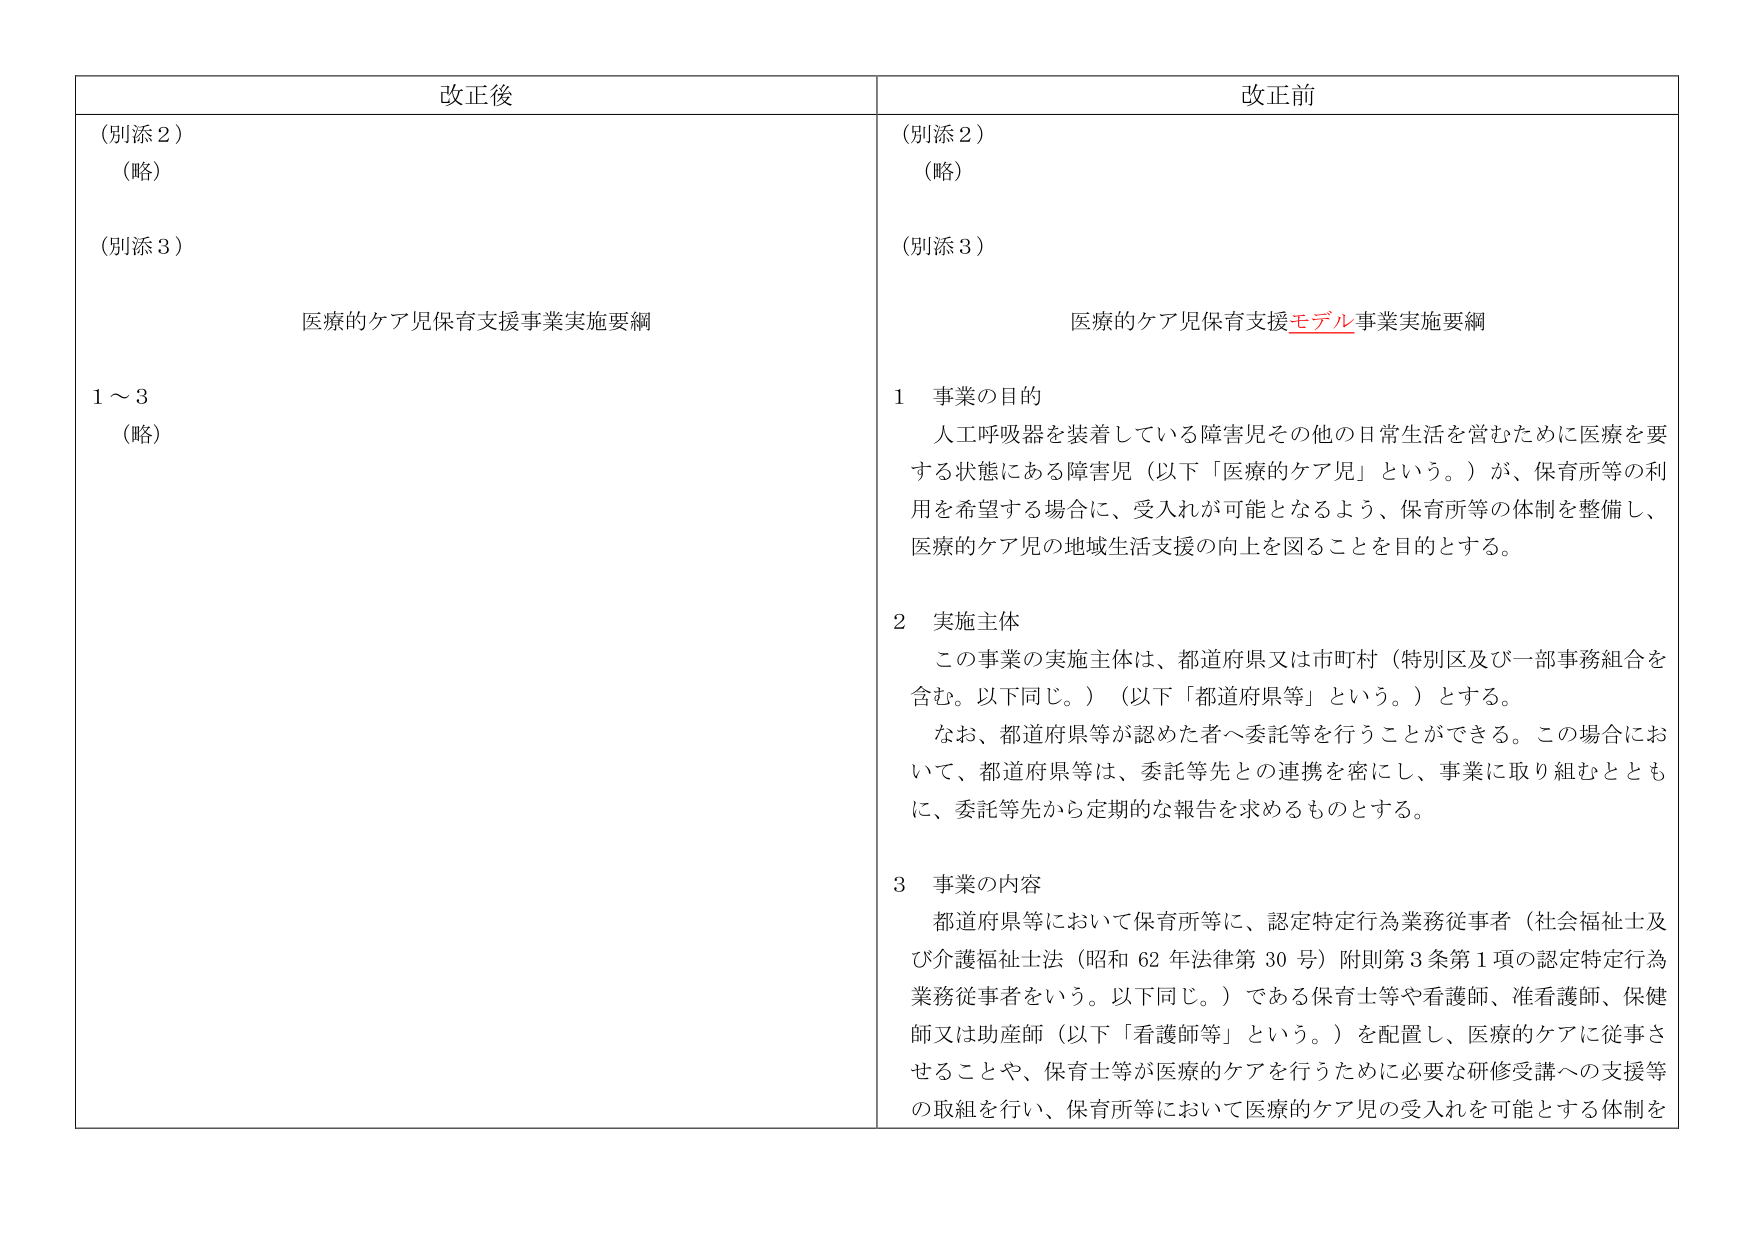
改正後
（別添２）
（略）
（別添３）
医療的ケア児保育支援事業実施要綱
１～３
（略）

改正前
（別添２）
（略）
（別添３）
医療的ケア児保育支援モデル事業実施要綱
１ 事業の目的
　人工呼吸器を装着している障害児その他の日常生活を営むために医療を要
する状態にある障害児（以下「医療的ケア児」という。）が、保育所等の利
用を希望する場合に、受入れが可能となるよう、保育所等の体制を整備し、
医療的ケア児の地域生活支援の向上を図ることを目的とする。
２ 実施主体
　この事業の実施主体は、都道府県又は市町村（特別区及び一部事務組合を
含む。以下同じ。）（以下「都道府県等」という。）とする。
　なお、都道府県等が認めた者へ委託等を行うことができる。この場合にお
いて、都道府県等は、委託等先との連携を密にし、事業に取り組むととも
に、委託等先から定期的な報告を求めるものとする。
３ 事業の内容
　都道府県等において保育所等に、認定特定行為業務従事者（社会福祉士及
び介護福祉士法（昭和62年法律第30号）附則第3条第1項の認定特定行為
業務従事者をいう。以下同じ。）である保育士等や看護師、准看護師、保健
師又は助産師（以下「看護師等」という。）を配置し、医療的ケアに従事さ
せることや、保育士等が医療的ケアを行うために必要な研修受講への支援等
の取組を行い、保育所等において医療的ケア児の受入れを可能とする体制を